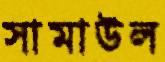
সামাউল